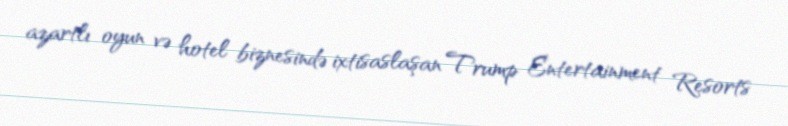
azartlı oyun və hotel biznesində ixtisaslaşan Trump Entertainment Resorts